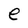
Character: e